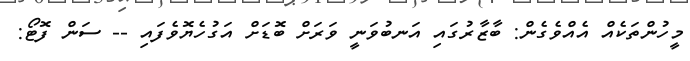
މީހުންތަކެއް އެއްވެގެން: ބާޒާރުގައި އަނބުވަނީ ވަރަށް ބޮަޑަށް އަގުހެޔޮވެފައި -- ސަން ފޮޓޯ: